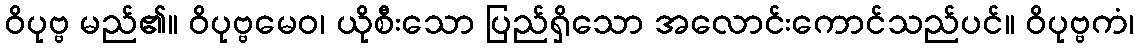
ဝိပုဗ္ဗ မည်၏။ ဝိပုဗ္ဗမေဝ၊ ယိုစီးသော ပြည်ရှိသော အလောင်းကောင်သည်ပင်။ ဝိပုဗ္ဗကံ၊